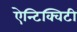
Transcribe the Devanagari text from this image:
ऐन्टिक्विटी